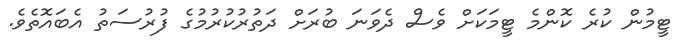
ޓީމުން ކުރެ ކޮންމެ ޓީމަކަށް ވެސް ދެވަނަ ބުރަށް ދަތުރުކުރުމުގެ ފުރުސަތު އެބައޮތެވެ.